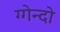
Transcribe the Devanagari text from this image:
ग्गेन्दो